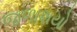
જળાશયો